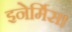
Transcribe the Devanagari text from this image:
इनेर्मिस।